Indian journal of veterinary science and animal husbandry - Volumes 24-25, 1954-1955
Year: 1954
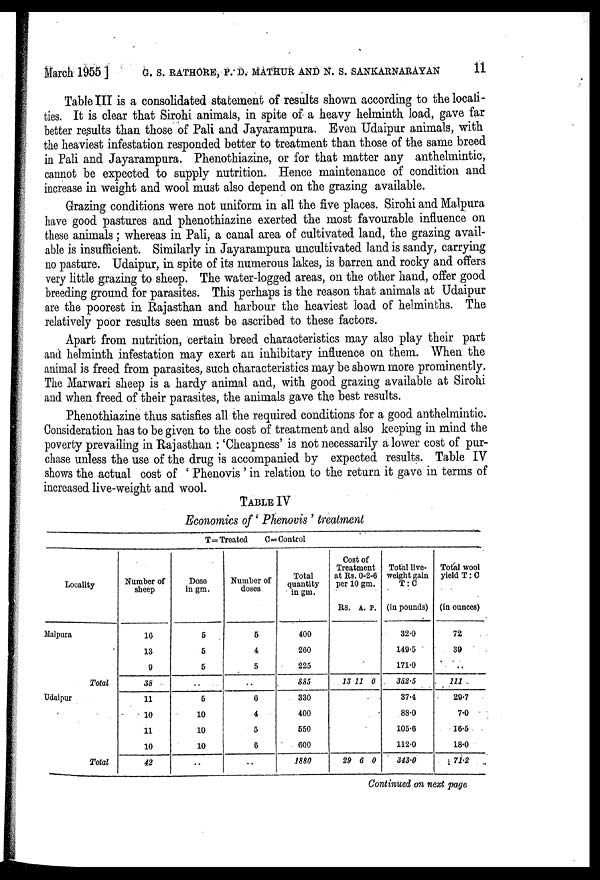
March 1955] G. S. RATHORE, P. D. MATHUR AND N. S. SANKARNARAYAN 11
Table III is a consolidated statement of results shown according to the locali-
ties. It is clear that Sirohi animals, in spite of a heavy helminth load, gave far
better results than those of Pali and Jayarampura. Even Udaipur animals, with
the heaviest infestation responded better to treatment than those of the same breed
in Pali and Jayarampura. Phenothiazine, or for that matter any anthelmintic,
cannot be expected to supply nutrition. Hence maintenance of condition and
increase in weight and wool must also depend on the grazing available.
Grazing conditions were not uniform in all the five places. Sirohi and Malpura
have good pastures and phenothiazine exerted the most favourable influence on
these animals; whereas in Pali, a canal area of cultivated land, the grazing avail-
able is insufficient. Similarly in Jayarampura uncultivated land is sandy, carrying
no pasture. Udaipur, in spite of its numerous lakes, is barren and rocky and offers
very little grazing to sheep. The water-logged areas, on the other hand, offer good
breeding ground for parasites. This perhaps is the reason that animals at Udaipur
are the poorest in Rajasthan and harbour the heaviest load of helminths. The
relatively poor results seen must be ascribed to these factors.
Apart from nutrition, certain breed characteristics may also play their part
and helminth infestation may exert an inhibitary influence on them. When the
animal is freed from parasites, such characteristics may be shown more prominently.
The Marwari sheep is a hardy animal and, with good grazing available at Sirohi
and when freed of their parasites, the animals gave the best results.
Phenothiazine thus satisfies all the required conditions for a good anthelmintic.
Consideration has to be given to the cost of treatment and also keeping in mind the
poverty prevailing in Rajasthan : 'Cheapness' is not necessarily a lower cost of pur-
chase unless the use of the drug is accompanied by expected results. Table IV
shows the actual cost of ' Phenovis ' in relation to the return it gave in terms of
increased live-weight and wool.
TABLE IV
Economics of 'Phenovis ' treatment
T=Treated
C=Control
Locality
Malpura
Total
Udaipur
Total
Number of
sheep
16
13
9
38
11
10
11
10
42
Dose
in
gm.
5
5
5
..
5
10
10
10
..
Number of
doses
5
4
5
..
6
4
5
6
..
Total
quantity
in gm.
400
260
225
885
330
400
550
600
1880
Cost of
Treatment
at Rs.0-2-6
per 10 gm.
Rs. A. P.
13 11 0
29 6 0
Total live-
weight gain
T : C
(in pounds)
32.0
149.5
171.0
352.5
37.4
88.0
105.6
112.0
343.0
Total wool
yield T : C
(in ounces)
72
39
..
111
29.7
7.0
16.5
18.0
71.2
Continued on next page